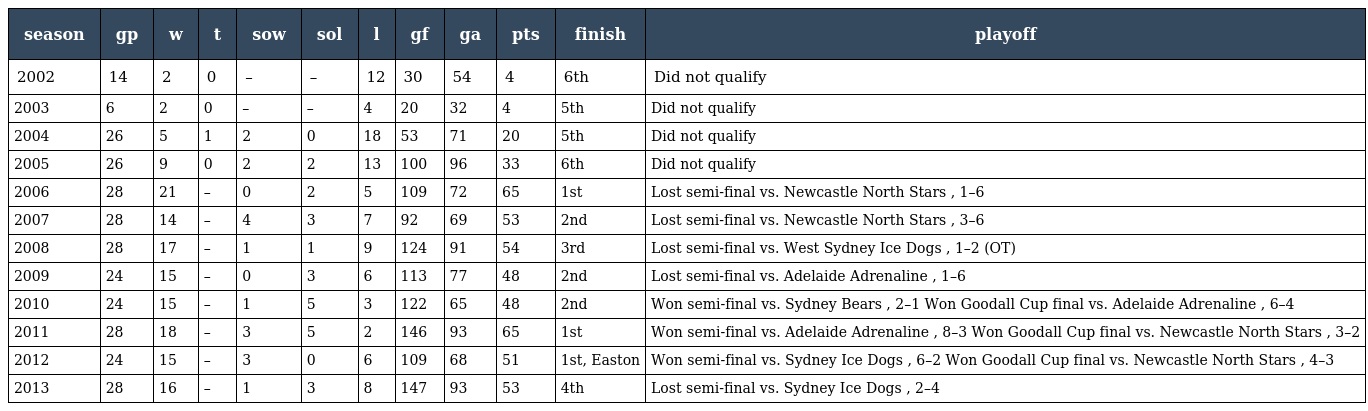
| season | gp | w | t | sow | sol | l | gf | ga | pts | finish | playoff |
 | --- | --- | --- | --- | --- | --- | --- | --- | --- | --- | --- | --- |
 | 2002 | 14 | 2 | 0 | – | – | 12 | 30 | 54 | 4 | 6th | Did not qualify |
 | 2003 | 6 | 2 | 0 | – | – | 4 | 20 | 32 | 4 | 5th | Did not qualify |
 | 2004 | 26 | 5 | 1 | 2 | 0 | 18 | 53 | 71 | 20 | 5th | Did not qualify |
 | 2005 | 26 | 9 | 0 | 2 | 2 | 13 | 100 | 96 | 33 | 6th | Did not qualify |
 | 2006 | 28 | 21 | – | 0 | 2 | 5 | 109 | 72 | 65 | 1st | Lost semi-final vs. Newcastle North Stars , 1–6 |
 | 2007 | 28 | 14 | – | 4 | 3 | 7 | 92 | 69 | 53 | 2nd | Lost semi-final vs. Newcastle North Stars , 3–6 |
 | 2008 | 28 | 17 | – | 1 | 1 | 9 | 124 | 91 | 54 | 3rd | Lost semi-final vs. West Sydney Ice Dogs , 1–2 (OT) |
 | 2009 | 24 | 15 | – | 0 | 3 | 6 | 113 | 77 | 48 | 2nd | Lost semi-final vs. Adelaide Adrenaline , 1–6 |
 | 2010 | 24 | 15 | – | 1 | 5 | 3 | 122 | 65 | 48 | 2nd | Won semi-final vs. Sydney Bears , 2–1 Won Goodall Cup final vs. Adelaide Adrenaline , 6–4 |
 | 2011 | 28 | 18 | – | 3 | 5 | 2 | 146 | 93 | 65 | 1st | Won semi-final vs. Adelaide Adrenaline , 8–3 Won Goodall Cup final vs. Newcastle North Stars , 3–2 |
 | 2012 | 24 | 15 | – | 3 | 0 | 6 | 109 | 68 | 51 | 1st, Easton | Won semi-final vs. Sydney Ice Dogs , 6–2 Won Goodall Cup final vs. Newcastle North Stars , 4–3 |
 | 2013 | 28 | 16 | – | 1 | 3 | 8 | 147 | 93 | 53 | 4th | Lost semi-final vs. Sydney Ice Dogs , 2–4 |